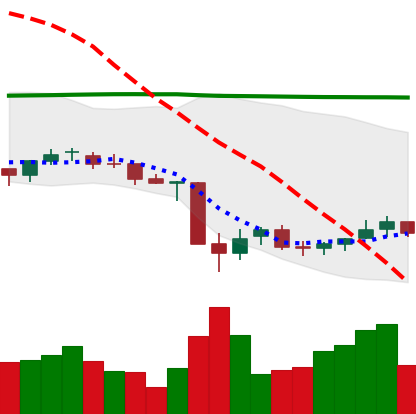
Ticker: NEO-USD
Chart end date: 2021-07-01
Forward return: 7.797%
Label: up_7plus